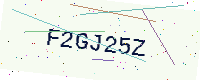
Text: F2GJ25Z